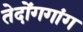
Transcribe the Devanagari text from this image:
तेदोंगगांग